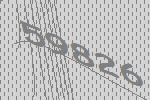
59826